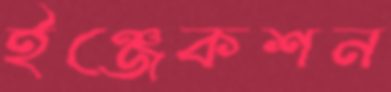
ইঞ্জেকশন